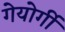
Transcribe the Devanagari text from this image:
गेयोर्गी